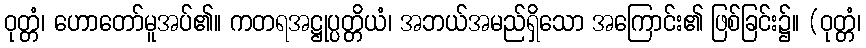
ဝုတ္တံ၊ ဟောတော်မူအပ်၏။ ကတရအဋ္ဌုပ္ပတ္တိယံ၊ အဘယ်အမည်ရှိသော အကြောင်း၏ ဖြစ်ခြင်း၌။ (ဝုတ္တံ၊